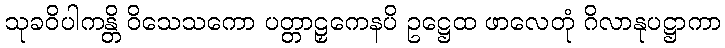
သုခဝိပါကန္တိ ဝိသေသကော ပတ္တာဠှကေနပိ ဥဋ္ဌေထ ဖာလေတုံ ဂိလာနုပဋ္ဌာကာ